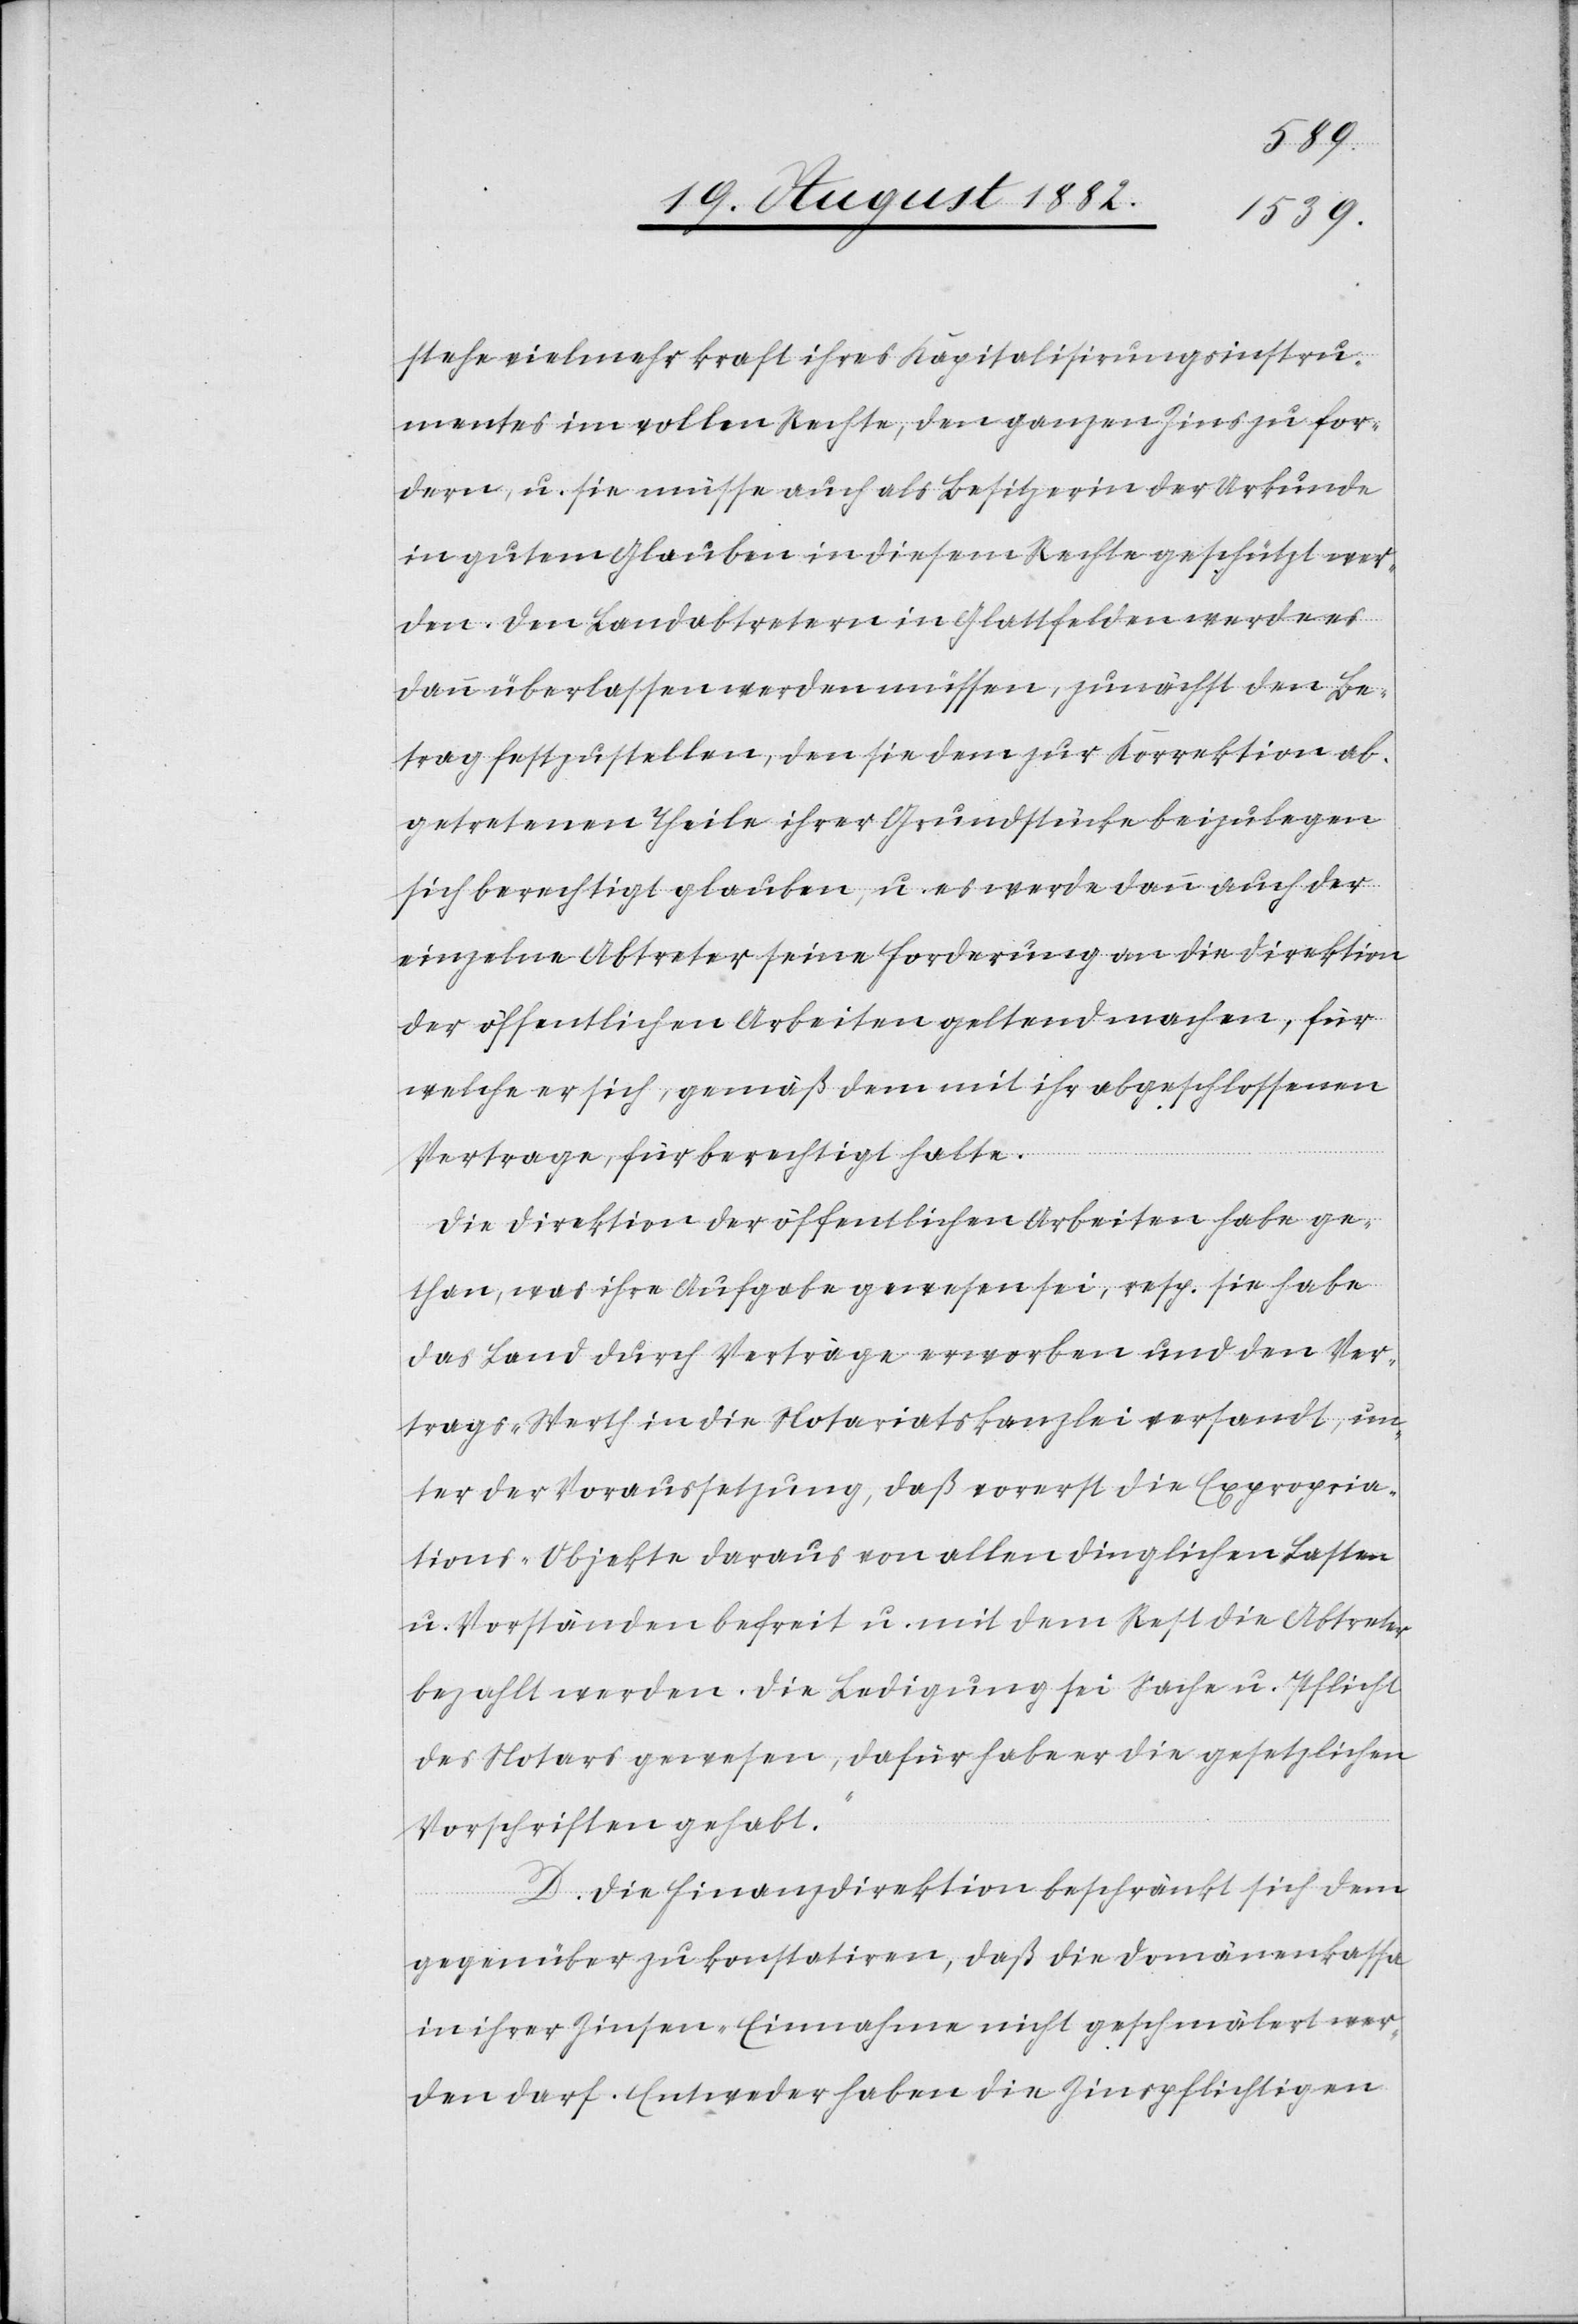
stehe vielmehr kraft ihres Kapitalisirungsinstru¬
mentes im vollen Rechte, den ganzen Zins zu for¬
dern, u. sie müsse auch als Besitzerin der Urkunde
in gutem Glauben in diesem Rechte geschützt wer¬
den. Den Landabtretern in Glattfelden werde es
dann überlassen werden müssen, zunächst den Be¬
trag festzustellen, den sie dem zur Korrektion ab¬
getretenen Theile ihrer Grundstücke beizulegen
sich berechtigt glauben, u. es werde dann auch der
einzelne Abtreter seine Forderung an die Direktion
der öffentlichen Arbeiten geltend machen, für
welche er sich, gemäß dem mit ihr abgeschlossenen
Vertrage, für berechtigt halte.
Die Direktion der öffentlichen Arbeiten habe ge¬
than, was ihre Aufgabe gewesen sei, resp. sie habe
das Land durch Verträge erworben und den Ver¬
trags-Werth in die Notariatskanzlei versandt, un¬
ter der Voraussetzung, daß vorerst die Expropria¬
tions-Objekte daraus von allen dinglichen Lasten
u. Vorständen befreit u. mit dem Rest die Abtreter
bezahlt werden. Die Ledigung sei Sache u. Pflicht
des Notars gewesen, dafür habe er die gesetzlichen
Vorschriften gehabt.“
D. Die Finanzdirektion beschränkt sich dem
gegenüber zu konstatiren, daß die Domänenkasse
in ihrer Zinsen-Einnahme nicht geschmälert wer¬
den darf. Entweder haben die Zinspflichtigen